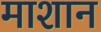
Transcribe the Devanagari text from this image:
माशान